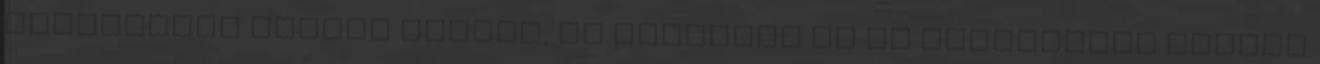
módosítani kívánt elemre, és válassza ki az alkalmazni kívánt